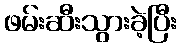
ဖမ်းဆီးသွားခဲ့ပြီး